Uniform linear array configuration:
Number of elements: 24
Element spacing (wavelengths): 0.25
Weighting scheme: hamming
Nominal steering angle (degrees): -15
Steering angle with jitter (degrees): -13.425
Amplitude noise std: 0.05
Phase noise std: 0.05

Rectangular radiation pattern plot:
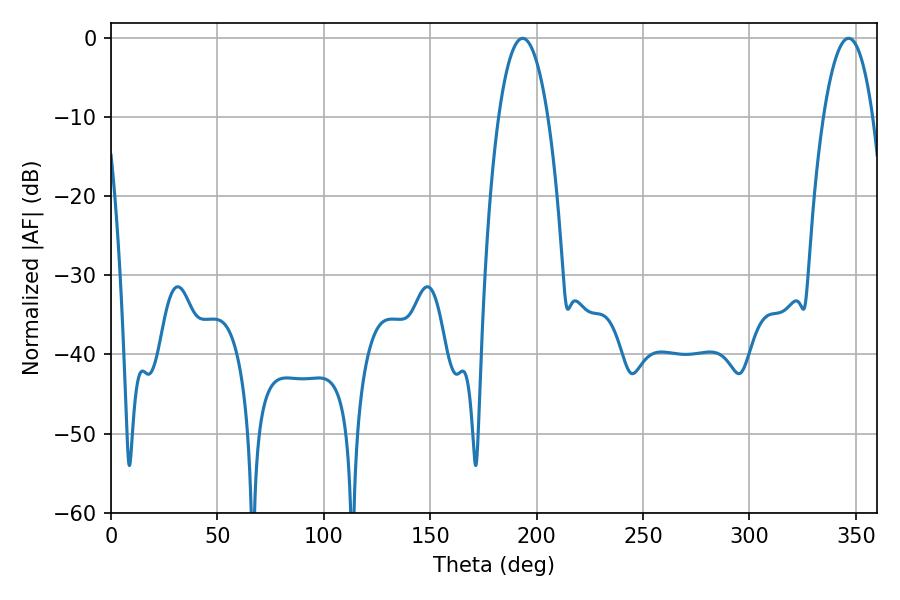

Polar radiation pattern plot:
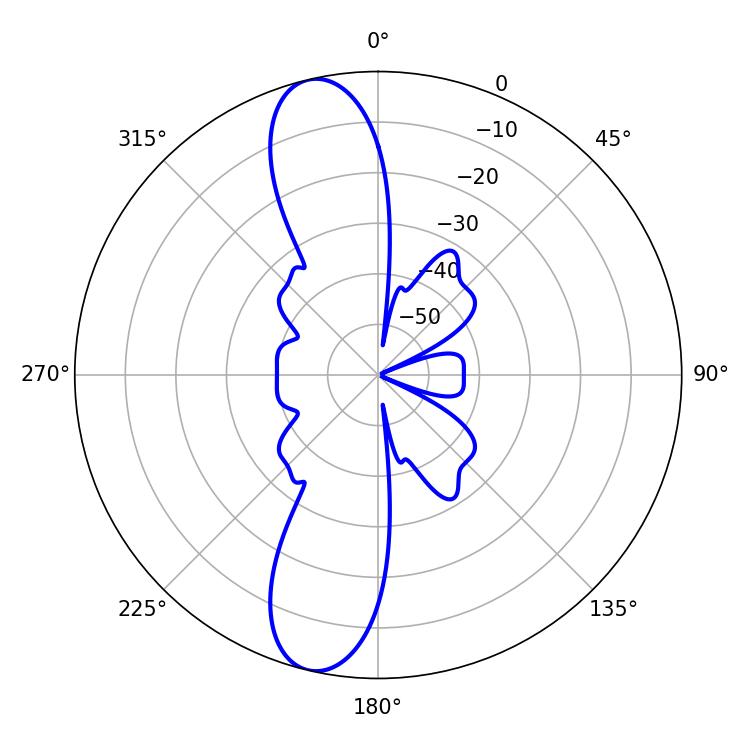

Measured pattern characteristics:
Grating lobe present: FALSE
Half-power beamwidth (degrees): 12.96
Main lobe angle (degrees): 193.5